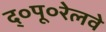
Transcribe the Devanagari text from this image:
द्०पू०रेलवे